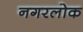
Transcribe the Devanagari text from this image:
नगरलोक